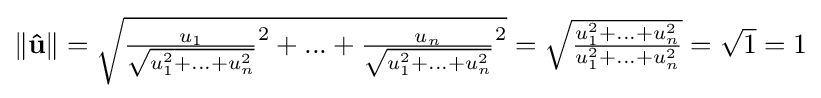
{\textstyle \|\mathbf {\hat {u}} \|={\sqrt {{\frac {u_{1}}{\sqrt {u_{1}^{2}+...+u_{n}^{2}}}}^{2}+...+{\frac {u_{n}}{\sqrt {u_{1}^{2}+...+u_{n}^{2}}}}^{2}}}={\sqrt {\frac {u_{1}^{2}+...+u_{n}^{2}}{u_{1}^{2}+...+u_{n}^{2}}}}={\sqrt {1}}=1}